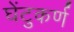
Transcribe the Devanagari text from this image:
घेंटुकर्ण